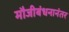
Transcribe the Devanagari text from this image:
मौजीबंधनानंतर